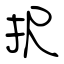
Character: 択